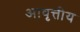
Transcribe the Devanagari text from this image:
आवृत्तीय